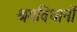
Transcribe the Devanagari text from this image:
श्रमविधानों